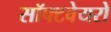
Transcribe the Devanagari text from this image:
सॉफ्टवेयरो